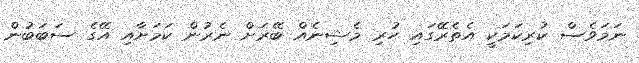
ނަމަވެސް ކުރިކަމަކީ އެތެރޭގައި ހުރި މެޝިނެއް ބޭރަށް ނެރުން ކަމަށާއި އޭގެ ސަބަބުން